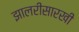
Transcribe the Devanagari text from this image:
झालरीसारखी